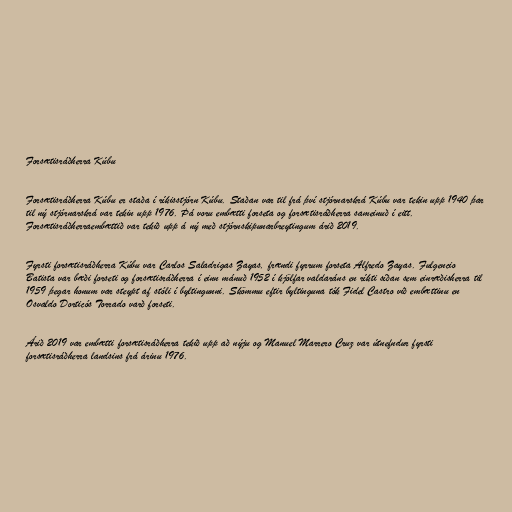
Forsætisráðherra Kúbu

Forsætisráðherra Kúbu er staða í ríkisstjórn Kúbu. Staðan var til frá því stjórnarskrá Kúbu var tekin upp 1940 þar
til ný stjórnarskrá var tekin upp 1976. Þá voru embætti forseta og forsætisráðherra sameinuð í eitt.
Forsætisráðherraembættið var tekið upp á ný með stjórnskipunarbreytingum árið 2019.

Fyrsti forsætisráðherra Kúbu var Carlos Saladrigas Zayas, frændi fyrrum forseta Alfredo Zayas. Fulgencio
Batista var bæði forseti og forsætisráðherra í einn mánuð 1952 í kjölfar valdaráns en ríkti síðan sem einræðisherra til
1959 þegar honum var steypt af stóli í byltingunni. Skömmu eftir byltinguna tók Fidel Castro við embættinu en
Osvaldo Dorticós Torrado varð forseti.

Árið 2019 var embætti forsætisráðherra tekið upp að nýju og Manuel Marrero Cruz var útnefndur fyrsti
forsætisráðherra landsins frá árinu 1976.